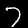
Digit: 7